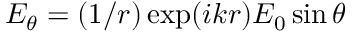
E _ { \theta } = ( 1 / r ) \exp ( i k r ) E _ { 0 } \sin \theta